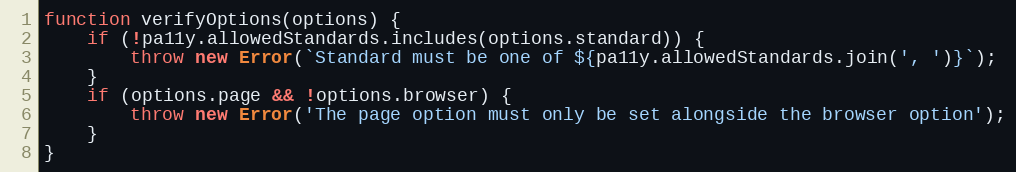
Language: JavaScript
function verifyOptions(options) {
	if (!pa11y.allowedStandards.includes(options.standard)) {
		throw new Error(`Standard must be one of ${pa11y.allowedStandards.join(', ')}`);
	}
	if (options.page && !options.browser) {
		throw new Error('The page option must only be set alongside the browser option');
	}
}